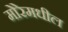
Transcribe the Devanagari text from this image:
मोरेमधील